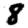
Digit: 8